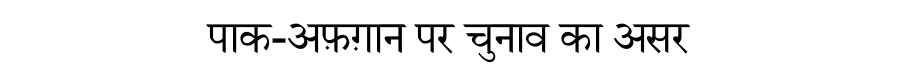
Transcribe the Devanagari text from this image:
पाक-अफ़ग़ान पर चुनाव का असर